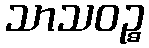
သာသဝဉ္စ